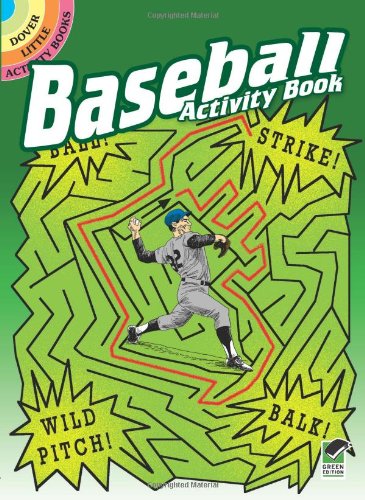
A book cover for Baseball Activity Book (Dover Little Activity Books); Tony J. Tallarico Jr.; Children's Books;